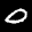
Label: 0